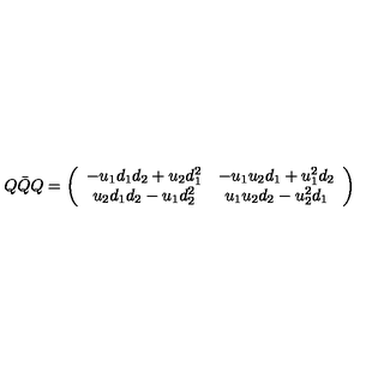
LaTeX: Q \bar { Q } Q = \left( \begin{array} { c c } { - u _ { 1 } d _ { 1 } d _ { 2 } + u _ { 2 } d _ { 1 } ^ { 2 } } & { - u _ { 1 } u _ { 2 } d _ { 1 } + u _ { 1 } ^ { 2 } d _ { 2 } } \\ { u _ { 2 } d _ { 1 } d _ { 2 } - u _ { 1 } d _ { 2 } ^ { 2 } } & { u _ { 1 } u _ { 2 } d _ { 2 } - u _ { 2 } ^ { 2 } d _ { 1 } } \\ \end{array} \right)